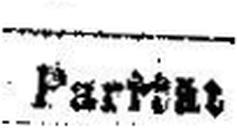
Parität